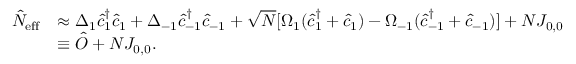
\begin{array} { r l } { \hat { N } _ { \mathrm { e f f } } } & { \approx \Delta _ { 1 } \hat { c } _ { 1 } ^ { \dagger } \hat { c } _ { 1 } + \Delta _ { - 1 } \hat { c } _ { - 1 } ^ { \dagger } \hat { c } _ { - 1 } + \sqrt { N } [ \Omega _ { 1 } ( \hat { c } _ { 1 } ^ { \dagger } + \hat { c } _ { 1 } ) - \Omega _ { - 1 } ( \hat { c } _ { - 1 } ^ { \dagger } + \hat { c } _ { - 1 } ) ] + N J _ { 0 , 0 } } \\ & { \equiv \hat { O } + N J _ { 0 , 0 } . } \end{array}